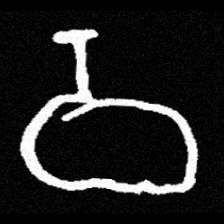
Pyu character \u2014 Myanmar letter: ဝ (romanized: wa)